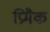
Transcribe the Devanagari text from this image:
प्रिमैक